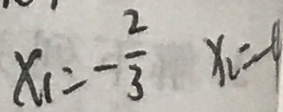
x _ { 1 } = - \frac { 2 } { 3 } x _ { 2 } = - 4